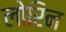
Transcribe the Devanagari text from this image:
लोरिन